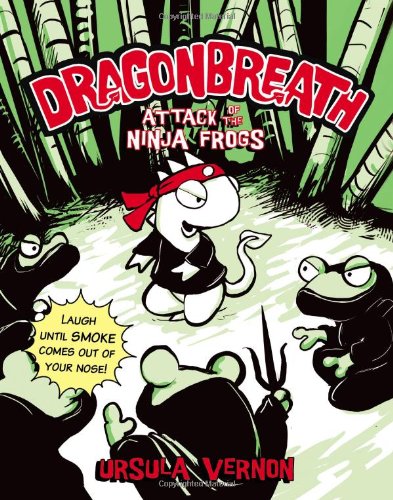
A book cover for Dragonbreath #2: Attack of the Ninja Frogs; Ursula Vernon; Children's Books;